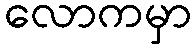
လောကမှာ